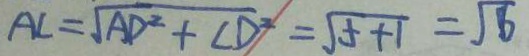
A C = \sqrt { A D ^ { 2 } + C D ^ { 2 } } = \sqrt { 5 + 1 } = \sqrt { 6 }